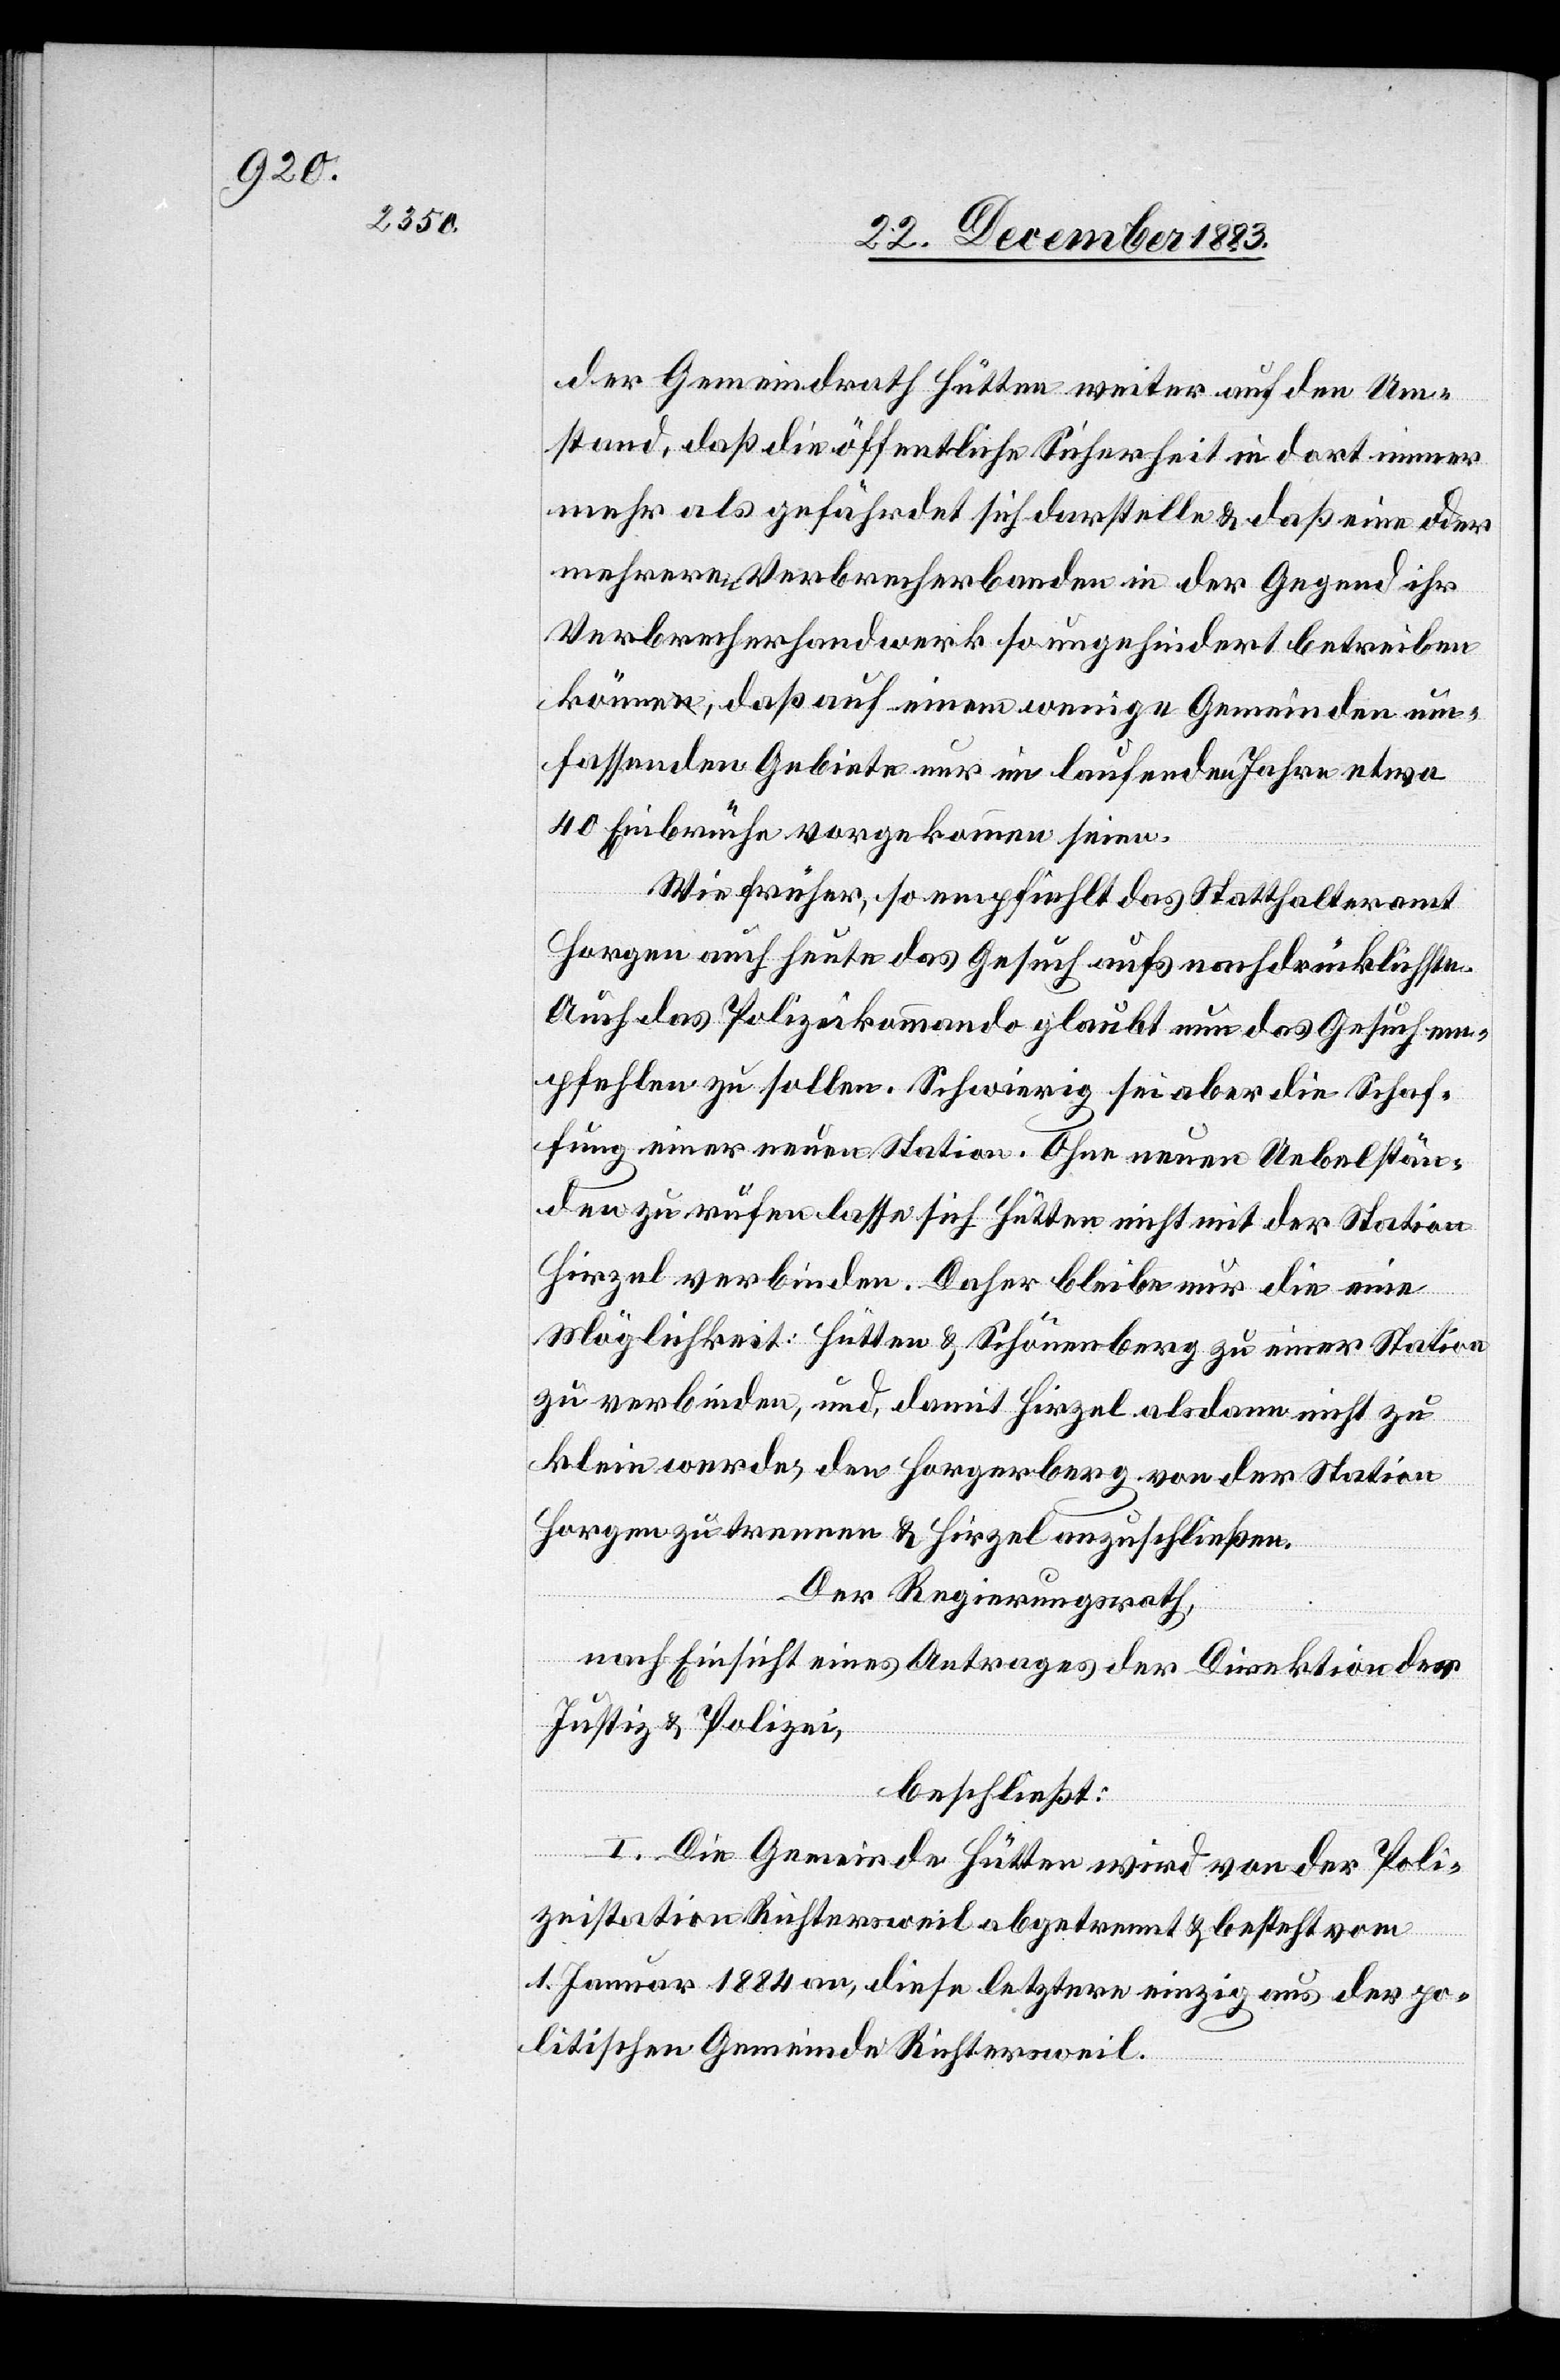
der Gemeindrath Hütten weiter auf den Um¬
stand, daß die öffentliche Sicherheit in dort immer
mehr als gefährdet sich darstelle & daß eine oder
mehrere Verbrecherbanden in der Gegen ihr
Verbrecherhandwerk so ungehindert betreiben
könne, daß auf einem wenige Gemeinden um¬
fassenden Gebiete nur im laufenden Jahre etwa
40 Einbrüche vorgekommen seien.
Wie früher, so empfiehlt das Statthalteramt
Horgen auch heute das Gesuch aufs nachdrücklichste.
Auch das Polizeikommando glaubt nun das Gesuch em¬
pfehlen zu sollen. Schwierig sei aber die Schaf¬
fung einer neuen Station. Ohne [zu] neuen Uebelstän¬
den zu rufen lasse sich Hütten nicht mit der Station
Hirzel verbinden. Daher bleibe nur die eine
Möglichkeit: Hütten & Schönenberg zu einer Station
zu verbinden, und, damit Hirzel alsdann nicht zu
klein werde, den Horgerberg von der Station
Horgen zu trennen & Hirzel anzuschließen.
Der Regierungsrath,
nach Einsicht eines Antrages der Direktion der
Justiz & Polizei,
beschließt:
I. Die Gemeinde Hütten wird von der Poli¬
zeistation Richtersweil abgetrennt & besteht vom
1. Januar 1884 an, diese letztere einzig aus der po¬
litischen Gemeinde Richtersweil.